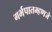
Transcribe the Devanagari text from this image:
गर्भपातम्हणजे